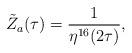
LaTeX: \begin{align*}{\tilde Z}_a(\tau)=\frac{1}{\eta^{16}(2\tau)},\end{align*}